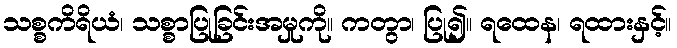
သစ္စကိရိယံ၊ သစ္စာပြုခြင်းအမှုကို။ ကတွာ၊ ပြု၍။ ရထေန၊ ရထားနှင့်။